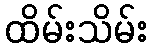
ထိမ်းသိမ်း